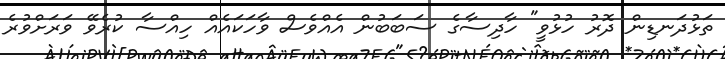
ތަޅުދަނޑިން ދޮރު ހުޅުވީ" ހާދިސާގެ ސަބަބުން އެއްވެސް ވާހަކައެއް ހިއްސާ ކުރެވޭ ވަރަށްވުރެ